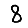
Digit: 8